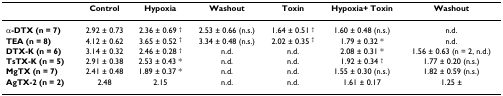
|  | Control | Hypoxia | Washout | Toxin | Hypoxia+ Toxin | Washout |
 | --- | --- | --- | --- | --- | --- | --- |
 | α-DTX (n = 7) | 2.92 ± 0.73 | 2.36 ± 0.69 † | 2.53 ± 0.66 (n.s.) | 1.64 ± 0.51 † | 1.60 ± 0.48 (n.s.) | n.d. |
 | TEA (n = 8) | 4.12 ± 0.62 | 3.65 ± 0.52 † | 3.34 ± 0.48 (n.s.) | 2.02 ± 0.35 † | 1.79 ± 0.32 * | n.d. |
 | DTX-K (n = 6) | 3.14 ± 0.32 | 2.46 ± 0.28 † | n.d. | n.d. | 2.08 ± 0.31 * | 1.56 ± 0.63 (n = 2, n.d.) |
 | TsTX-K (n = 5) | 2.91 ± 0.38 | 2.53 ± 0.43 * | n.d. | n.d. | 1.92 ± 0.34 † | 1.77 ± 0.20 (n.s.) |
 | MgTX (n = 7) | 2.41 ± 0.48 | 1.89 ± 0.37 * | n.d. | n.d. | 1.55 ± 0.30 (n.s.) | 1.82 ± 0.59 (n.s.) |
 | AgTX-2 (n = 2) | 2.48 | 2.15 | n.d. | n.d. | 1.61 ± 0.17 | 1.25 ± |